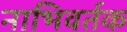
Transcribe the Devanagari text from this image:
नाभिवर्तक